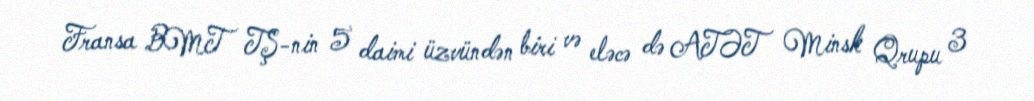
Fransa BMT TŞ-nin 5 daimi üzvündən biri və eləcə də ATƏT Minsk Qrupu 3